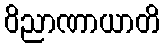
ဝိညာဏာယာတိ